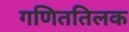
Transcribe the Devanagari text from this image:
गणिततिलक